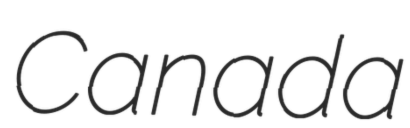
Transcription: Canada